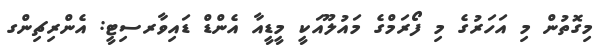
މިގޮތުން މި އަހަރުގެ މި ފޯރަމްގެ މައުލޫއަކީ މީޑީއާ އެންޑް ޑައިވާރސިޓީ: އެންރިޗިންގ